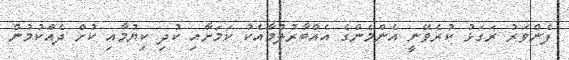
ފެންވަރު ރަގަޅު ކުރެވޭނީ އެންމެންގެ އެއްބާރުލުމާއެކު ކަމަށާއި ކުދި ކިޔުމާއި ކުށް ދެއްކުމުން